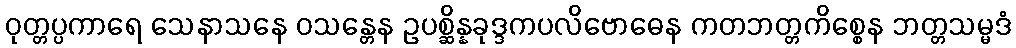
ဝုတ္တပ္ပကာရေ သေနာသနေ ဝသန္တေန ဥပစ္ဆိန္နခုဒ္ဒကပလိဗောဓေန ကတဘတ္တကိစ္စေန ဘတ္တသမ္မဒံ